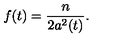
f ( t ) = { \frac { n } { 2 a ^ { 2 } ( t ) } } .